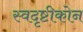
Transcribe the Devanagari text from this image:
स्वदृष्टीकोन